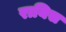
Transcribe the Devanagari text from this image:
रायिस